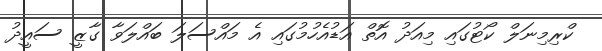
ކްރިމިނަލް ކޯޓުގައި މިއަދު އޮތް އަޑުއެހުމުގައި އެ މައްސަލަ ބައްލަވާ ގާޒީ ސައީދު